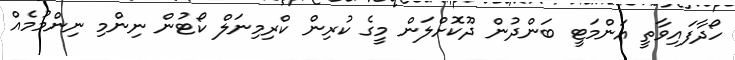
ހޯދާފައިވާތީ އަންމަޓީ ބަންދުން ދޫކޮށްލަން މީގެ ކުރިން ކްރިމިނަލް ކޯޓުން ނިންމި ނިންމުމެއް